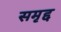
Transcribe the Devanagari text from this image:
समृद्द